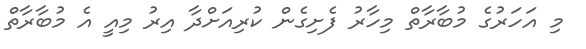
މި އަހަރުގެ މުބާރާތް މިހާރު ފެށިގެން ކުރިއަށްދާ އިރު މިއީ އެ މުބާރާތް